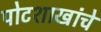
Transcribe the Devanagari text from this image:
पोटशाखांचे